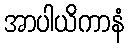
အာပါယိကာနံ